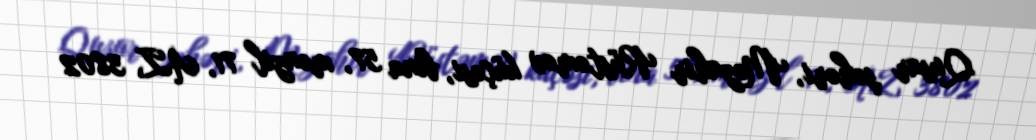
Qusar şəhəri, Məzahir Rüstəmov küçəsi, bina 57, mənzil 71, AZ 3802